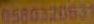
0580720631